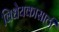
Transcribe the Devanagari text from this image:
विधेयकासाठी